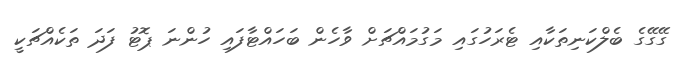
ގޭގޭގެ ބެލްކަނިތަކާއި ޓެރަހުގައި މަގުމައްޗަށް ވާހެން ބަހައްޓާފައި ހުންނަ ޕޮޓު ފަދަ ތަކެއްޗަކީ